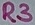
Text: R3